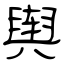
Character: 舆